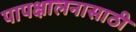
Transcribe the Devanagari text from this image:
पापक्षालनासाठी